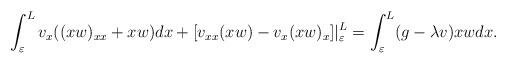
LaTeX: \begin{align*}\int_\varepsilon^L v_x((xw)_{xx} +xw)dx + [v_{xx} (xw) -v_x (xw)_x]\vert _\varepsilon ^L = \int_\varepsilon^L (g-\lambda v)xw dx. \end{align*}